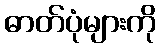
ဓာတ်ပုံများကို